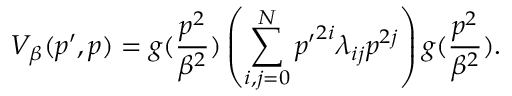
V _ { \beta } ( p ^ { \prime } , p ) = g ( \frac { p ^ { 2 } } { \beta ^ { 2 } } ) \left( \sum _ { i , j = 0 } ^ { N } { p ^ { \prime } } ^ { 2 i } \lambda _ { i j } p ^ { 2 j } \right) g ( \frac { p ^ { 2 } } { \beta ^ { 2 } } ) .